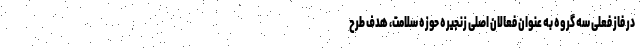
در فاز فعلی سه گروه به عنوان فعالان اصلی زنجیره حوزه سلامت، هدف طرح